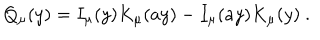
LaTeX: Q _ { \mu } ( y ) = I _ { \mu } ( y ) K _ { \mu } ( a y ) - I _ { \mu } ( a y ) K _ { \mu } ( y ) ~ .